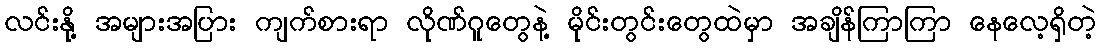
လင်းနို့ အများအပြား ကျက်စားရာ လိုဏ်ဂူတွေနဲ့ မိုင်းတွင်းတွေထဲမှာ အချိန်ကြာကြာ နေလေ့ရှိတဲ့